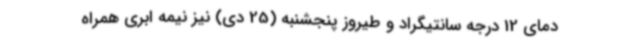
دمای 12 درجه سانتیگراد و طیروز پنجشنبه (25 دی) نیز نیمه ابری همراه